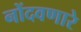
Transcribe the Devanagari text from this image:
नोंदवणारे